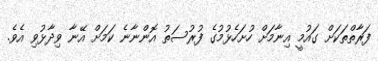
ފަރާތްތަކަށް ގައުމީ އިނާމަށް ހުށަހެޅުމުގެ ފުރުސަތު އޮންނާނެ ކަމަށް އޭނާ ވިދާޅުވި އެވެ.